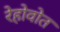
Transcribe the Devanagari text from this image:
रेहोवोत